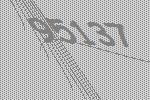
95137